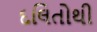
દલિતોથી